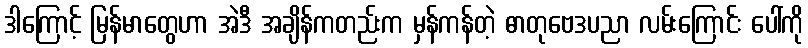
ဒါကြောင့် မြန်မာတွေဟာ အဲဒီ အချိန်ကတည်းက မှန်ကန်တဲ့ ဓာတုဗေဒပညာ လမ်းကြောင်း ပေါ်ကို